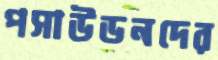
পসাউডনদের